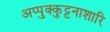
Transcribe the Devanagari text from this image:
अप्पुक्कुट्टनाशारि